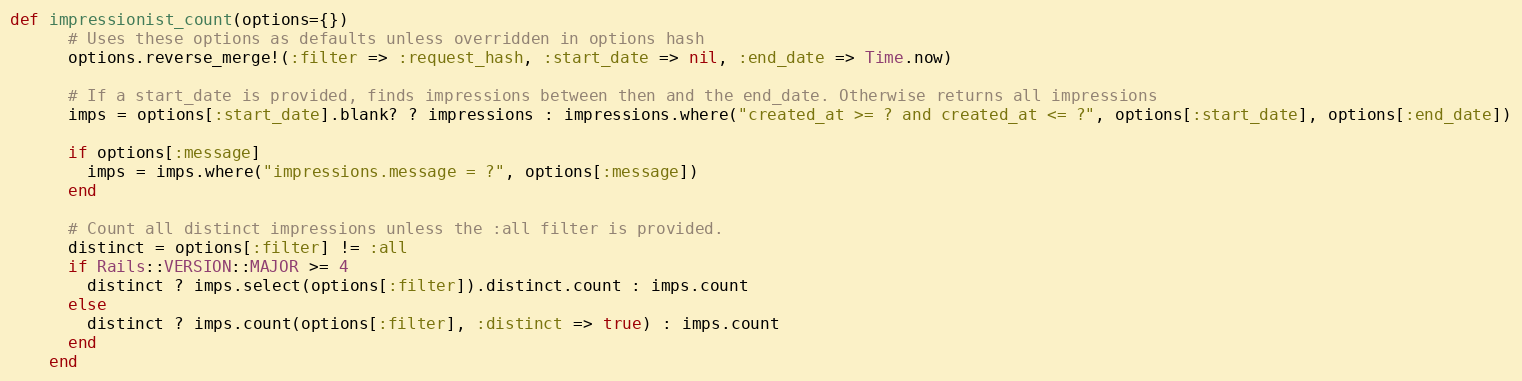
Language: Ruby
def impressionist_count(options={})
      # Uses these options as defaults unless overridden in options hash
      options.reverse_merge!(:filter => :request_hash, :start_date => nil, :end_date => Time.now)

      # If a start_date is provided, finds impressions between then and the end_date. Otherwise returns all impressions
      imps = options[:start_date].blank? ? impressions : impressions.where("created_at >= ? and created_at <= ?", options[:start_date], options[:end_date])

      if options[:message]
        imps = imps.where("impressions.message = ?", options[:message])
      end

      # Count all distinct impressions unless the :all filter is provided.
      distinct = options[:filter] != :all
      if Rails::VERSION::MAJOR >= 4
        distinct ? imps.select(options[:filter]).distinct.count : imps.count
      else
        distinct ? imps.count(options[:filter], :distinct => true) : imps.count
      end
    end